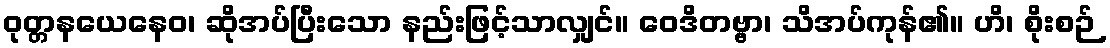
ဝုတ္တနယေနေဝ၊ ဆိုအပ်ပြီးသော နည်းဖြင့်သာလျှင်။ ဝေဒိတဗ္ဗာ၊ သိအပ်ကုန်၏။ ဟိ၊ စိုးစဉ်